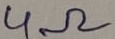
Text: 4Ω